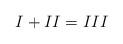
LaTeX: \begin{align*} I + II = III\end{align*}